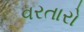
વરતારો